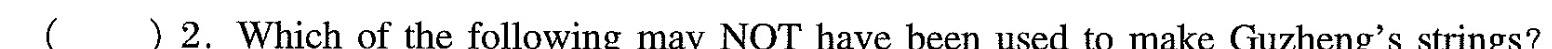
( )2.Which of the following may NOT have been used to make Guzheng's strings?